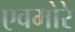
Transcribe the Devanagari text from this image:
एवमोरे